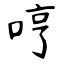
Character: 哼